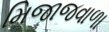
મિજાજવાળા